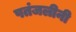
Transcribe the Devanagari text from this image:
पतंजलीनी